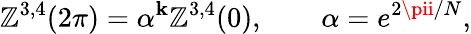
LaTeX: \mathbb{Z}^{3,4}(2\pi)=\alpha^{\mathbf{k}}\mathbb{Z}^{3,4}(0),\qquad\alpha=e^{2\pii/N},